Annual report of the Punjab Veterinary College and of the Civil Veterinary Department, Punjab - 1894-1908
Year: 1894
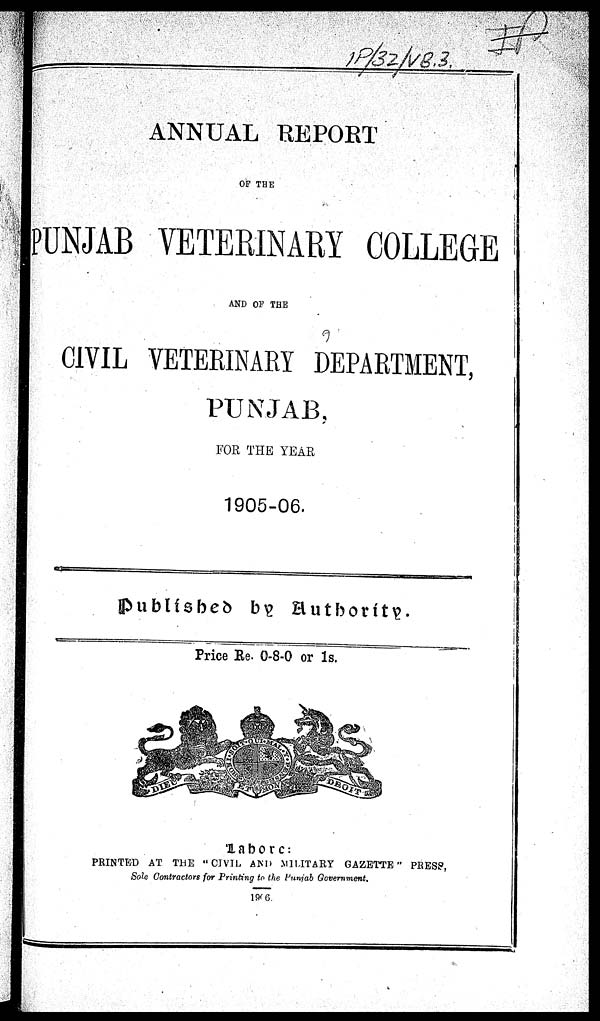
ANNUAL REPORT
OF THE
PUNJAB VETERINARY COLLEGE
AND OF THE
CIVIL VETERINARY DEPARTMENT,
PUNJAB,
FOR THE YEAR
1905-06.
Published by Authority.
Price Re. 0-8-0 or 1s.
Lahore:
PRINTED AT THE "CIVIL AND MILITARY GAZETTE" PRESS,
Sole Contractors for Printing to the Punjab Government.
1906.